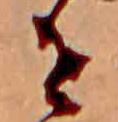
せ